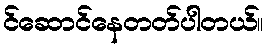
င်ဆောင်နေတတ်ပါတယ်။